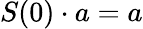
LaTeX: S(0)\cdot a=a